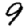
Digit: 9